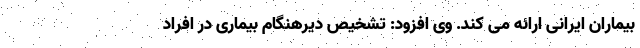
بیماران ایرانی ارائه می کند. وی افزود: تشخیص دیرهنگام بیماری در افراد